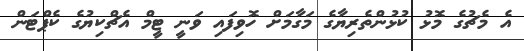
އެ މެޗުގެ މޮޅު ކުޅުންތެރިޔާގެ މަގާމަށް ހޮވިފައި ވަނީ ޓީމް އެޗްކިޔުގެ ކެޕްޓަން